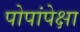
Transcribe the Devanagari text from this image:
पोपांपेक्षा